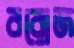
বরোজ